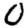
Digit: 0